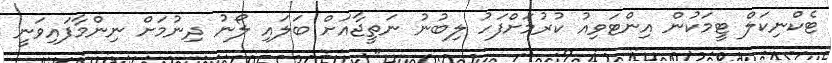
ޓެކްނިކަލް ޓީމަކުން އިންޓަވިއު ކުރުމަށްފަހު ލިބުނު ނަތީޖާއަށް ބަލައި ލޯނު ދިނުމަށް ނިންމާފައިވަނީ